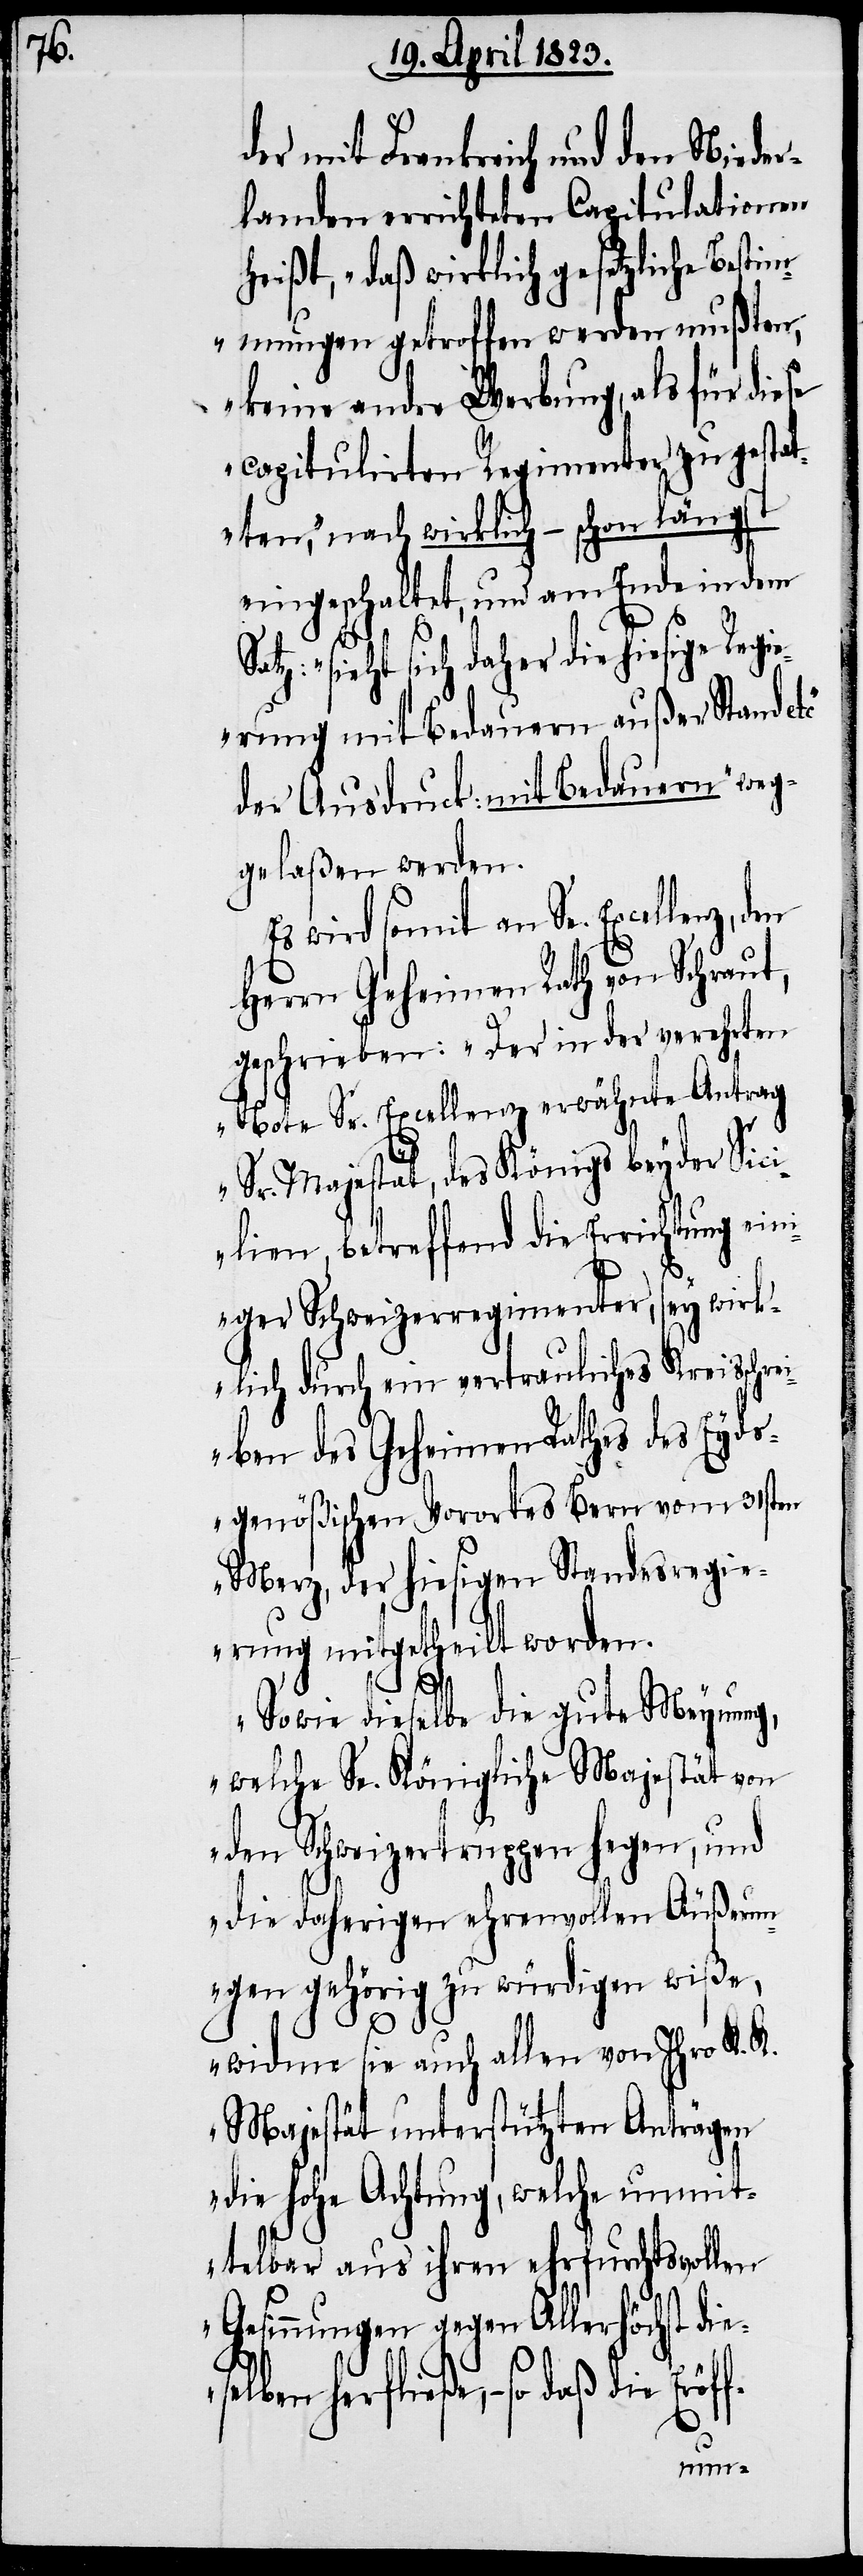
der mit Frankreich und den Nieder¬
landen errichteten Capitulationen
heißt, „daß wirklich gesetzliche Besti¬
mmungen getroffen werden mußten,
keine andre Werbung, als für diese
capitulirten Regimenter zu gestat¬
ten,“ nach wirklich – schon längst
eingeschaltet, und am Ende in dem
S¬
atz: „sieht sich daher die hiesige Regi¬
erung mit Bedauern außer Stand
der Ausdruck: [„]mit Bedauern“ weg¬
gelaßen werden.
Es wird somit an Se. Excellenz,
Herrn Geheimen Rath von Schraut,
geschrieben: „Der in der verehrten
Note Sr. Excellenz erwähnte Antrag
Sr. Majestät, des Königs beyder Sic¬
ilien, betreffend die Errichtung ein¬
iger Schweizerregimenter, sey wirk¬
lich durch ein vertrauliches Kreisschr¬
eiben des Geheimen Rathes des Eyds¬
genößischen Vorortes Bern vom 31sten
Merz, der hiesigen Standesregie¬
rung mitgetheilt worden.
f-
Sowie dieselbe die gute Meynung,
welche Se. Königliche Majestät von
den Schweizertruppen hegen, und
die daherigen ehrenvollen Äußerun¬
gen gehörig zu würdigen wiße,
widme sie auch allen von Ihro K. K.
Majestät unterstützten Anträgen
die hohe Achtung, welche unmit¬
telbar aus ihren ehrfurchtsvollen
Gesinnungen gegen Allerhöchst die¬
selben herfließe, – so daß die Eröf¬